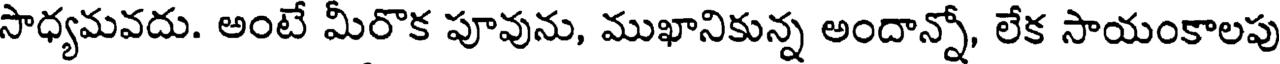
సాధ్యమవదు. అంటే మీరొక పూవును, ముఖానికున్న అందాన్నో, లేక సాయంకాలపు